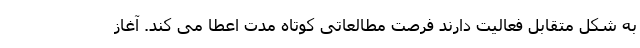
به شکل متقابل فعالیت دارند فرصت مطالعاتی کوتاه مدت اعطا می کند. آغاز